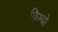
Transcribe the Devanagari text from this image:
क्रिम्बो